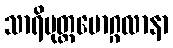
သာရိပုတ္တမောဂ္ဂလာနာ